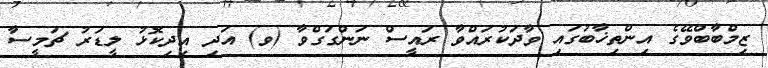
ޒިމްބާބްވޭގެ އިންތިޚާބުގައި ވާދަކުރައްވާ ރައީސް ނަންގަގްވާ (ވ) އަދި އިދިކޮޅު ލީޑަރު ޗަމީސާ